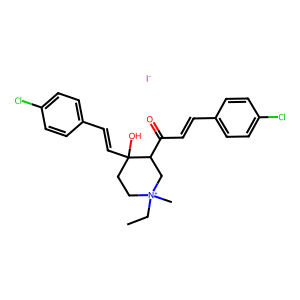
SMILES: CC[N+]1(C)CCC(O)(C=Cc2ccc(Cl)cc2)C(C(=O)C=Cc2ccc(Cl)cc2)C1.[I-]
Inhibits HIV replication: No